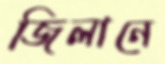
জিলানে